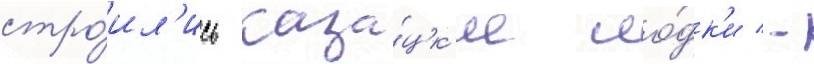
стро́ил'ись каза́цк'ие ло́дк'и -